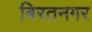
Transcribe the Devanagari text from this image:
बिरतनगर